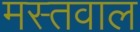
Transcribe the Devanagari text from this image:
मस्तवाल